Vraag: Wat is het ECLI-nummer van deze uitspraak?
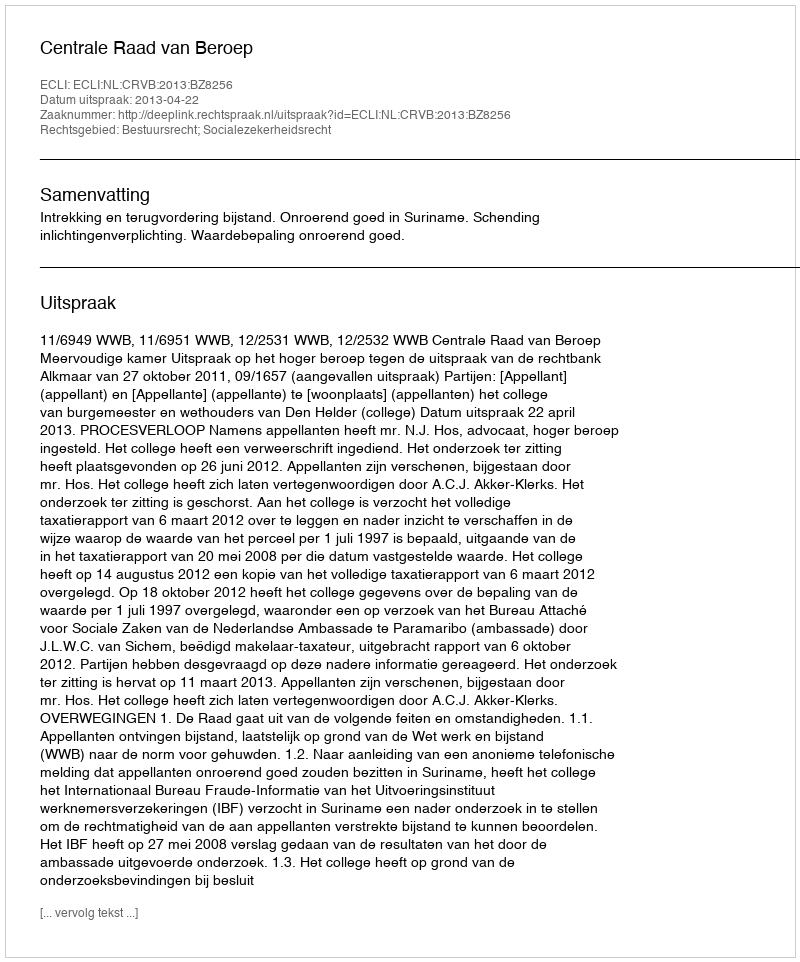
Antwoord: ECLI:NL:CRVB:2013:BZ8256